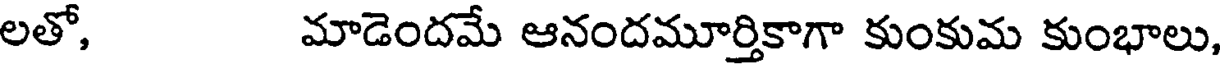
లతో, మాడెందమే ఆనందమూర్తికాగా కుంకుమ కుంభాలు,